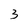
Character: 3